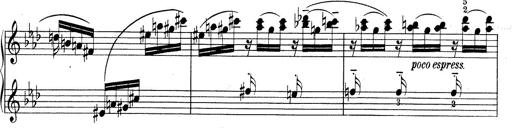
Title: Weinen, Klagen, Sorgen, Zagen
Composer: Franz Liszt